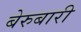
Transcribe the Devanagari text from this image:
बेरुबारी